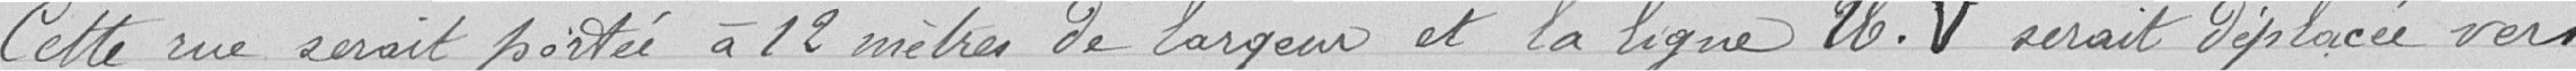
Cette rue serait portée à 12 mètres de largeur et la ligne U.V serait déplacé vers